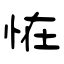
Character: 恠